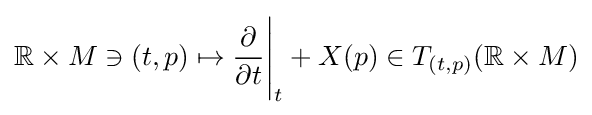
\mathbb {R} \times M\ni (t,p)\mapsto {\dfrac {\partial }{\partial t}}{\Biggl |}_{t}+X(p)\in T_{(t,p)}(\mathbb {R} \times M)